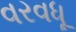
વરવધૂ